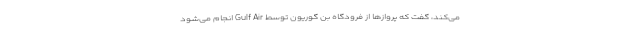
می‌کند، گفت که پروازها از فرودگاه بن گوریون توسط Gulf Air انجام می‌شود